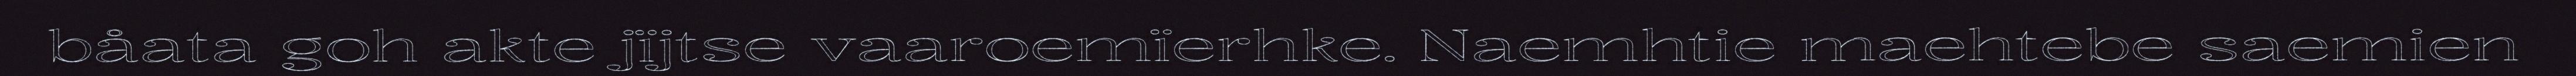
båata goh akte jïjtse vaaroemïerhke. Naemhtie maehtebe saemien